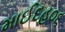
માઈદહ૦૬